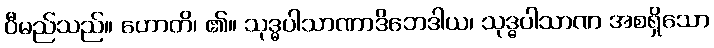
ဝီမည်သည်။ ဟောတိ၊ ၏။ သုဒ္ဓပါသာဏာဒိဘေဒါယ၊ သုဒ္ဓပါသာဏ အစရှိသော